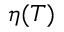
\eta ( T )